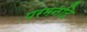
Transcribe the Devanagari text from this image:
परमनदि